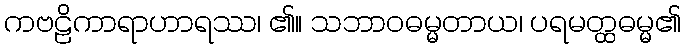
ကဗဠိကာရာဟာရဿ၊ ၏။ သဘာဝဓမ္မတာယ၊ ပရမတ္ထဓမ္မ၏